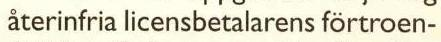
återinfria licensbetalarens förtroen-